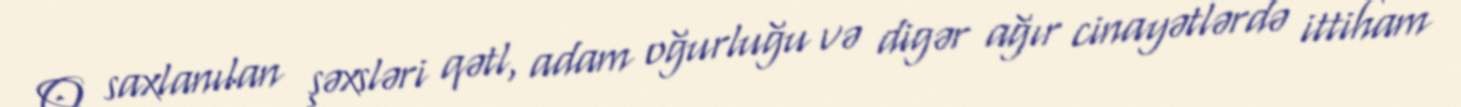
O, saxlanılan şəxsləri qətl, adam oğurluğu və digər ağır cinayətlərdə ittiham